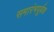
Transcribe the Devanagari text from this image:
समारंभपूर्बक